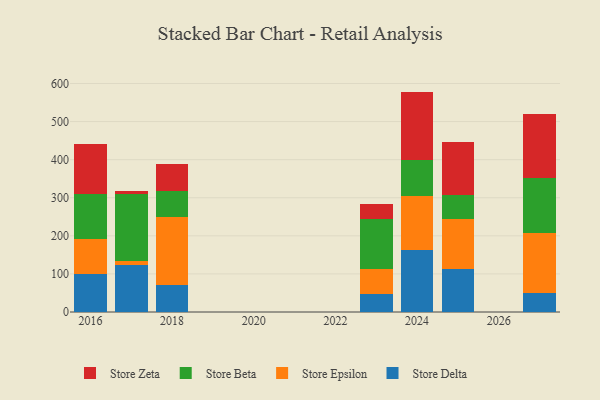
{"axis": {"x": "Year", "y": "Shipments"}, "legend": ["Store Beta", "Store Delta", "Store Epsilon", "Store Zeta"], "data": [{"x": "2027", "y": 50.5, "type": "Store Delta"}, {"x": "2027", "y": 157.7, "type": "Store Epsilon"}, {"x": "2027", "y": 142.8, "type": "Store Beta"}, {"x": "2027", "y": 167.8, "type": "Store Zeta"}, {"x": "2024", "y": 163.1, "type": "Store Delta"}, {"x": "2024", "y": 142.8, "type": "Store Epsilon"}, {"x": "2024", "y": 94.0, "type": "Store Beta"}, {"x": "2024", "y": 178.8, "type": "Store Zeta"}, {"x": "2025", "y": 114.1, "type": "Store Delta"}, {"x": "2025", "y": 131.2, "type": "Store Epsilon"}, {"x": "2025", "y": 61.0, "type": "Store Beta"}, {"x": "2025", "y": 138.8, "type": "Store Zeta"}, {"x": "2016", "y": 99.5, "type": "Store Delta"}, {"x": "2016", "y": 93.3, "type": "Store Epsilon"}, {"x": "2016", "y": 117.1, "type": "Store Beta"}, {"x": "2016", "y": 132.2, "type": "Store Zeta"}, {"x": "2017", "y": 123.8, "type": "Store Delta"}, {"x": "2017", "y": 11.2, "type": "Store Epsilon"}, {"x": "2017", "y": 174.4, "type": "Store Beta"}, {"x": "2017", "y": 7.7, "type": "Store Zeta"}, {"x": "2023", "y": 48.3, "type": "Store Delta"}, {"x": "2023", "y": 64.8, "type": "Store Epsilon"}, {"x": "2023", "y": 129.9, "type": "Store Beta"}, {"x": "2023", "y": 39.7, "type": "Store Zeta"}, {"x": "2018", "y": 71.9, "type": "Store Delta"}, {"x": "2018", "y": 177.6, "type": "Store Epsilon"}, {"x": "2018", "y": 69.1, "type": "Store Beta"}, {"x": "2018", "y": 69.0, "type": "Store Zeta"}]}